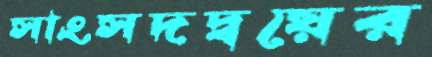
সাংসদদ্বয়ের